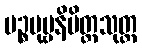
ပဉ္စပုဗ္ဗနိမိတ္တသုတ္တ